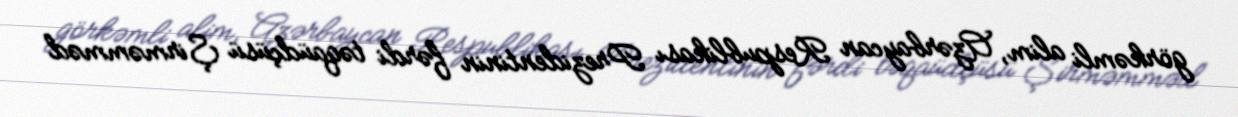
görkəmli alim, Azərbaycan Respublikası Prezidentinin fərdi təqaüdçüsü Şirməmməd